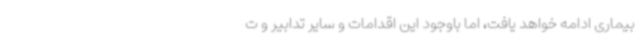
بیماری ادامه خواهد یافت، اما باوجود این اقدامات و سایر تدابیر و ت